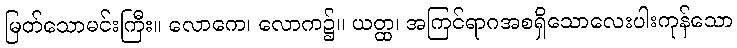
မြတ်သောမင်းကြီး။ လောကေ၊ လောက၌။ ယတ္ထ၊ အကြင်ရာဂအစရှိသောလေးပါးကုန်သော